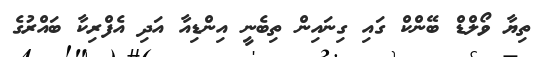
ތިޔާ ވޯލްޑް ބޭންކް ގައި ގިނައިން ތިބެނީ އިންޑިއާ އަދި އެފްރިކާ ބައްރުގެ